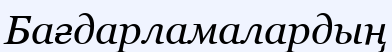
Бағдарламалардың